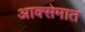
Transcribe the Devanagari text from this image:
आक्समात